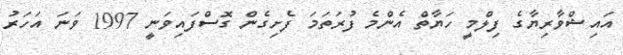
އައިޝްވާރިޔާގެ ފިލްމީ ހަޔާތް އެންމެ ފުރަތަމަ ފެށިގެން ގޮސްފައިވަނީ 1997 ވަނަ އަހަރު